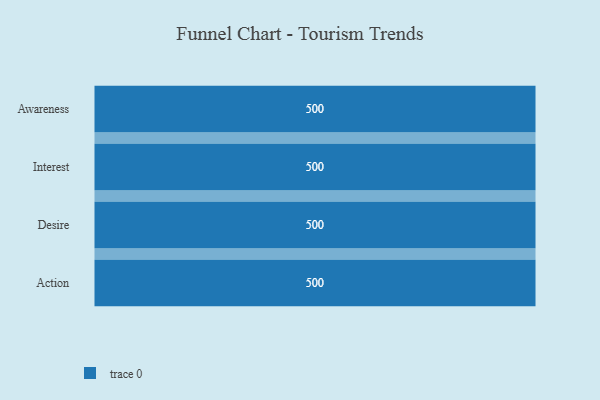
{"axis": {"x": "Stage", "y": "Value"}, "legend": [""], "data": [{"x": "Awareness", "y": 500, "type": ""}, {"x": "Interest", "y": 500, "type": ""}, {"x": "Desire", "y": 500, "type": ""}, {"x": "Action", "y": 500, "type": ""}]}